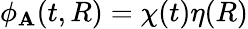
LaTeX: \phi_{\mathbf{A}}(t,R)=\chi(t)\eta(R)